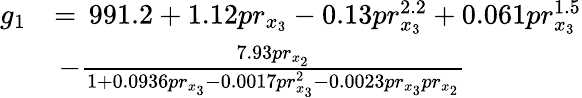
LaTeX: \begin{array}{rl}{g_{1}}&{=\, 991.2+1.12pr_{x_{3}}-0.13pr_{x_{3}}^{2.2}+0.061pr_{x_{3}}^{1.5}}\\ &{\, -\frac{7.93pr_{x_{2}}}{1+0.0936pr_{x_{3}}-0.0017pr_{x_{3}}^{2}-0.0023pr_{x_{3}}pr_{x_{2}}}}\end{array}